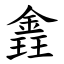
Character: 錱